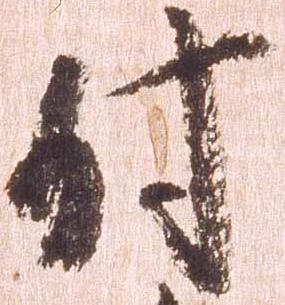
付